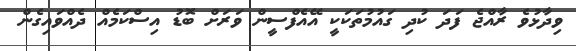
ވިދާޅުވެ ރާއްޖެ ފަދަ ކުދި ގައުމުތަކަކީ އޭއެފްސީން ވަރަށް ބޮޑު އިސްކަމެއް ދެއްވައިގެން